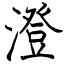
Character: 澄